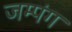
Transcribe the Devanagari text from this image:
जम्पंग